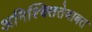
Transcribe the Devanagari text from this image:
अनिश्चिततेबाबत